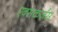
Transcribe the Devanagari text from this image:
एक्सकर्जंस